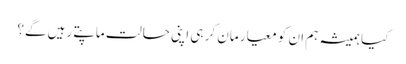
کیا ہمیشہ ہم ان کو معیار مان کر ہی اپنی حالت ماپتے رہیں گے؟